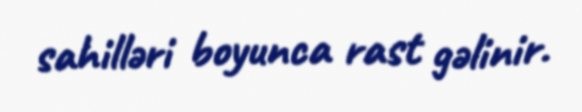
sahilləri boyunca rast gəlinir.